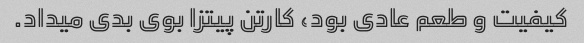
کیفیت و طعم عادی بود، کارتن پیتزا بوی بدی میداد.